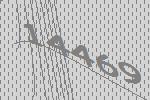
14469